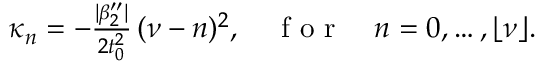
\begin{array} { r } { \kappa _ { n } = - \frac { | \beta _ { 2 } ^ { \prime \prime } | } { 2 t _ { 0 } ^ { 2 } } \, ( \nu - n ) ^ { 2 } , \quad \mathrm { ~ f ~ o ~ r ~ } \quad n = 0 , \ldots , \lfloor \nu \rfloor . } \end{array}